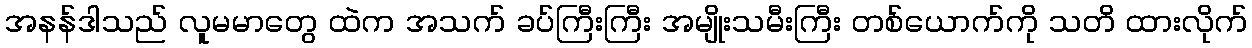
အနန်ဒါသည် လူမမာတွေ ထဲက အသက် ခပ်ကြီးကြီး အမျိုးသမီးကြီး တစ်ယောက်ကို သတိ ထားလိုက်